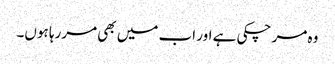
وہ مر چکی ہے اور اب میں بھی مررہا ہوں۔